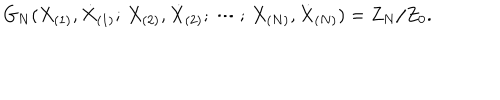
LaTeX: G _ { N } ( X _ { ( 1 ) } , \dot { X } _ { ( 1 ) } ; \, X _ { ( 2 ) } , \dot { X } _ { ( 2 ) } ; \, \cdots ; \, X _ { ( N ) } , \dot { X } _ { ( N ) } ) = Z _ { N } / Z _ { 0 } .